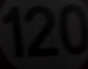
120